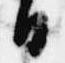
日